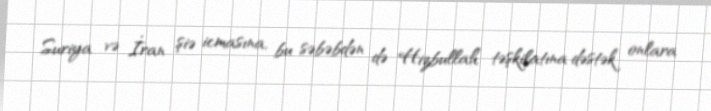
Suriya və İran şiə icmasına, bu səbəbdən də Hizbullah təşkilatına dəstək onlara